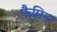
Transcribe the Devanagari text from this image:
फैमिन